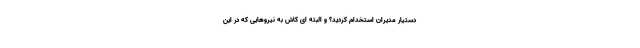
دستیار مدیران استخدام کردید؟ و البته ای کاش به نیروهایی که در این